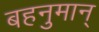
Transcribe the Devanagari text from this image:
बहनुमान्